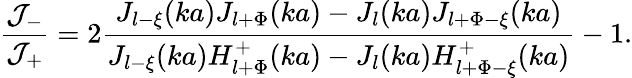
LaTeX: \displaystyle\frac{{\cal J}_{-}}{{\cal J}_{+}}=2\displaystyle\frac{J_{l-\xi}(ka)J_{l+\Phi}(ka)-J_{l}(ka)J_{l+\Phi-\xi}(ka)}{J_{l-\xi}(ka)H_{l+\Phi}^{+}(ka)-J_{l}(ka)H_{l+\Phi-\xi}^{+}(ka)}-1.